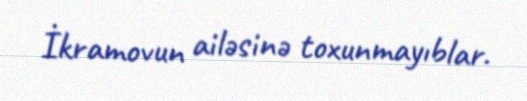
İkramovun ailəsinə toxunmayıblar.